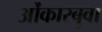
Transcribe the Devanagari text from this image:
ओंकारबुवा